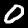
Digit: 0